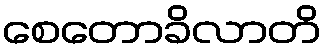
စေတောခိလာတိ